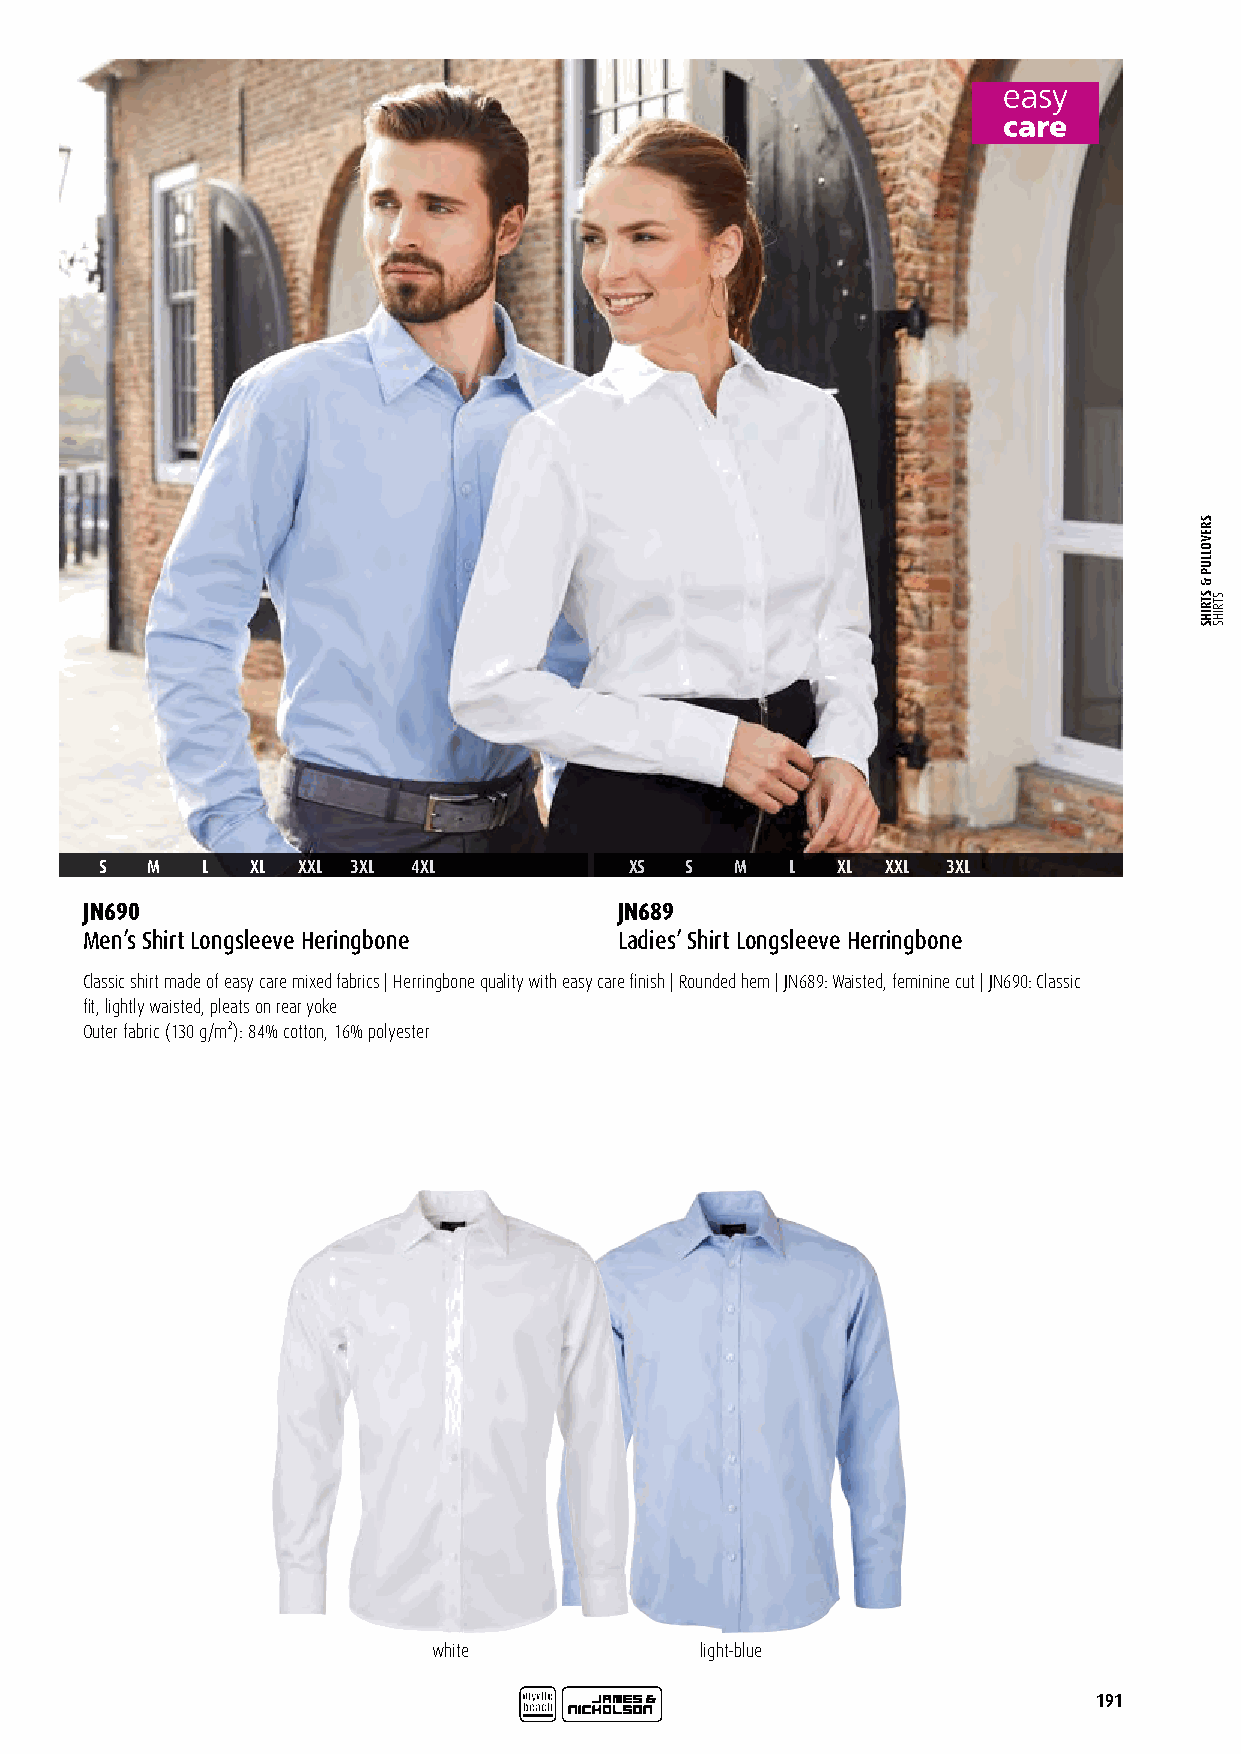
S  M  L   XL XXL 3XL 4XL           XS S   M  L  XL  XXL 3XL
 JN690                               JN689
 Men’s Shirt Longsleeve Heringbone   Ladies’ Shirt Longsleeve Herringbone
 Classic shirt made of easy care mixed fabrics | Herringbone quality with easy care finish | Rounded hem | JN689: Waisted, feminine cut | JN690: Classic
 fit, lightly waisted, pleats on rear yoke
 Outer fabric (130 g/m²): 84% cotton, 16% polyester
 SHIRTS FOR ALL
 Business
 white            light-blue
 191
 SREVOLLUP
 &
 STRIHS STRIHS